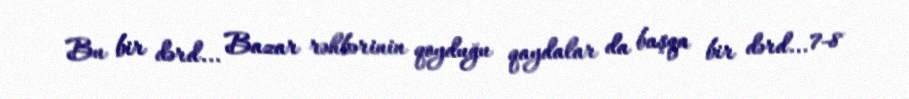
Bu bir dərd... Bazar rəhbərinin qoyduğu qaydalar da başqa bir dərd... 7-8